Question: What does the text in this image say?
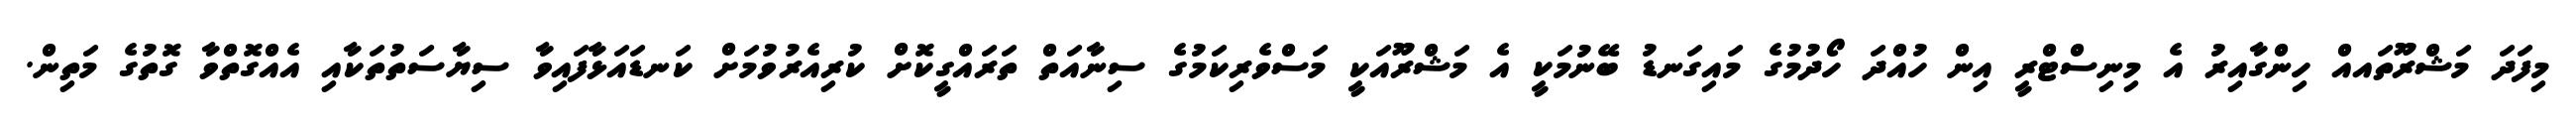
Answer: މިފަދަ މަޝްރޫތައއް ހިންގާއިރު އެ މިނިސްޓްރީ އިން ހުއްދަ ހޯދުމުގެ މައިގަނޑު ބޭނުމަކީ އެ މަޝްރޫއަކީ މަސްވެރިކަމުގެ ސިނާއަތް ތަރައްގީކޮށް ކުރިއެރުވުމަށް ކަނޑައަޅާފައިވާ ސިޔާސަތުތަކާއި އެއްގޮތްވާ ގޮތުގެ މަތިން.